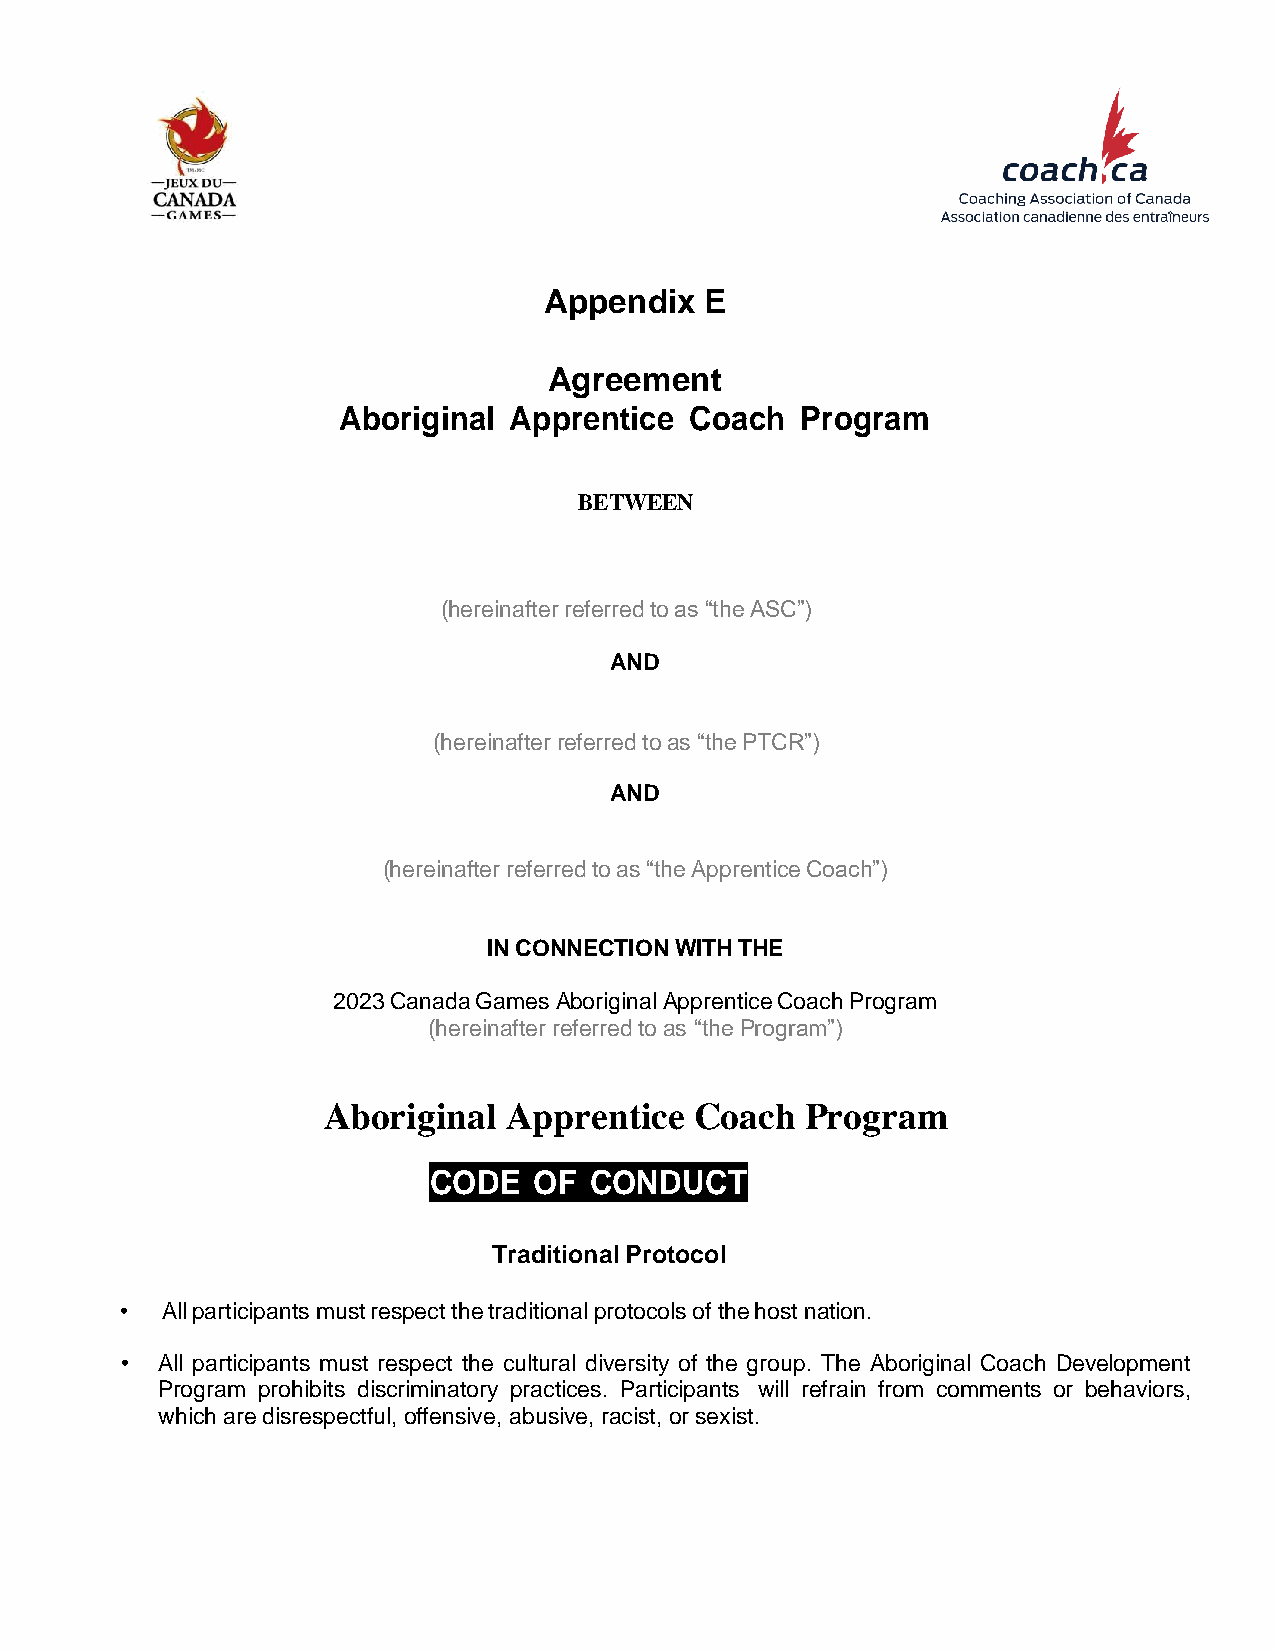
Appendix   E
 Agreement
 Aboriginal  Apprentice  Coach  Program
 BETWEEN
 (hereinafter referred to as “the ASC”)
 AND
 (hereinafter referred to as “the PTCR”)
 AND
 (hereinafter referred to as “the Apprentice Coach”)
 IN CONNECTION WITH THE
 2023 Canada Games Aboriginal Apprentice Coach Program
 (hereinafter referred to as “the Program”)
 Aboriginal   Apprentice  Coach  Program
 CODE   OF  CONDUCT
 Traditional Protocol
 •  All participants must respect the traditional protocols of the host nation.
 • All participants must respect the cultural diversity of the group. The Aboriginal Coach Development
 Program prohibits discriminatory practices. Participants will refrain from comments or behaviors,
 which are disrespectful, offensive, abusive, racist, or sexist.